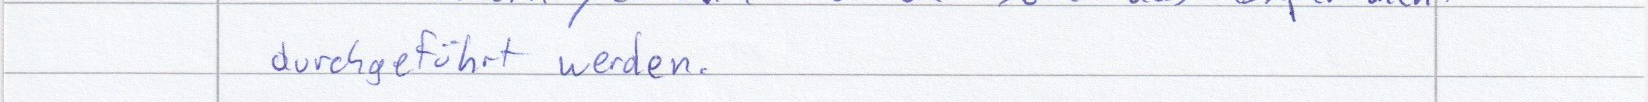
durchgeführt werden.